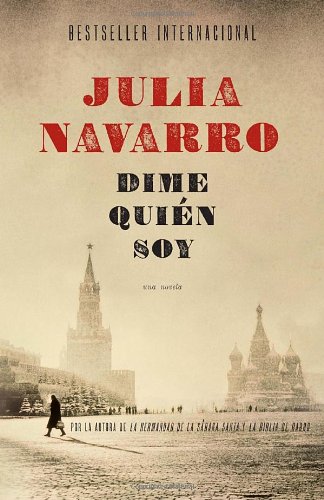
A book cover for Dime quiÃ©n soy (Spanish Edition); Julia Navarro; Literature & Fiction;